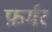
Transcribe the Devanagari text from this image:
फ़र्मर